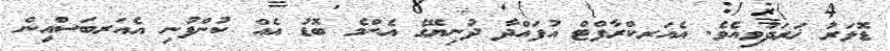
ޑޮލަރު ޚަރަދުވިއެވެ. އެއަރކްރާފްޓް އުފައްދާ ދުނިޔޭގެ އެންމެ ބޮޑު އެއް ކުންފުނި އެއަރބަސްއިން